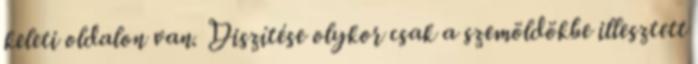
keleti oldalon van. Diszítése olykor csak a szemöldökbe illesztett